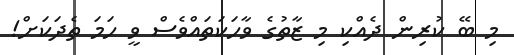
މި ބޭ ކުރިން ދެއްކި މި ޒާތުގެ ވާހަކަތައްވެސް ވީ ހަމަ ތެދަކަަށް!